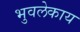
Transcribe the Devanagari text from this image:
भुवलेकाय